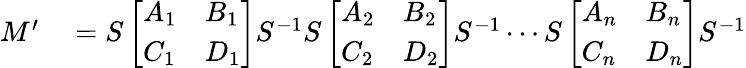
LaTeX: \begin{array}{rl}{M^{\prime}}&{{}=S\left[\begin{array}{ll}{A_{1}}&{B_{1}}\\ {C_{1}}&{D_{1}}\end{array}\right]S^{-1}S\left[\begin{array}{ll}{A_{2}}&{B_{2}}\\ {C_{2}}&{D_{2}}\end{array}\right]S^{-1}\cdots S\left[\begin{array}{ll}{A_{n}}&{B_{n}}\\ {C_{n}}&{D_{n}}\end{array}\right]S^{-1}}\end{array}